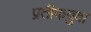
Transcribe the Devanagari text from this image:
प्रतीकबुवा